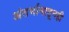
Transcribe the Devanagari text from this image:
अंतर्भागातूनही